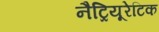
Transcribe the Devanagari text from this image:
नैट्रियूरेटिक